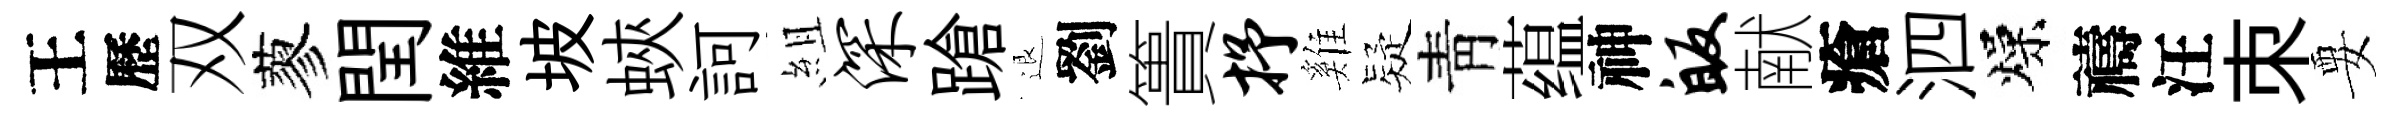
王歷双蓼閏維坡蛺訶組深蹌退劉簣抒雞疑靑蕴神皈献瘡泗燥禱汪朿要